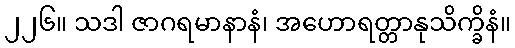
၂၂၆။ သဒါ ဇာဂရမာနာနံ၊ အဟောရတ္တာနုသိက္ခိနံ။